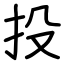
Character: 投